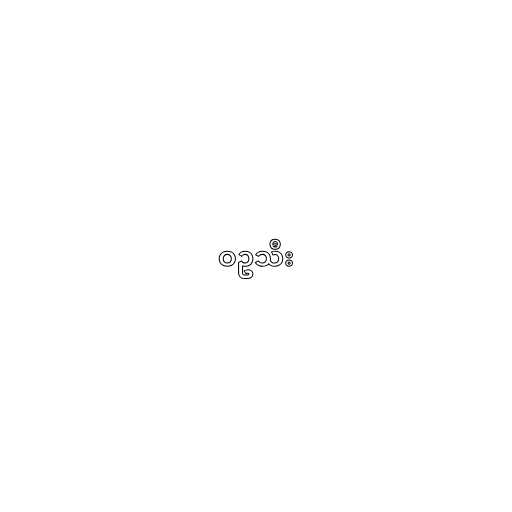
ဝဥသီး